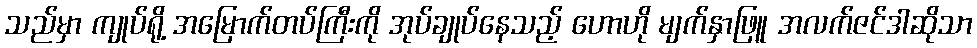
သည်မှာ ကျုပ်ရို့ အမြောက်တပ်ကြီးကို အုပ်ချုပ်နေသည့် ဟောဟို မျက်နှာဖြူ အလက်ဇင်ဒါဆိုသာ